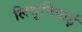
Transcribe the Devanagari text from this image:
लिथुनियाई